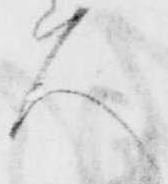
人